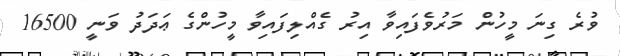
ވުރެ ގިނަ މީހުން މަރުވެފައިވާ އިރު ގެއްލިފައިވާ މީހުންގެ ޢަދަދު ވަނީ 16500